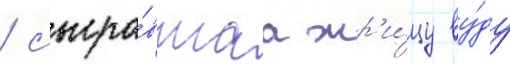
/ сыгра́вшаа жр'и́цу ву́ду